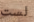
لست